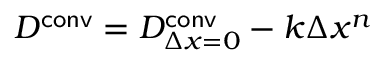
D ^ { \mathsf { c o n v } } = D _ { \Delta x = 0 } ^ { \mathsf { c o n v } } - k \Delta x ^ { n }